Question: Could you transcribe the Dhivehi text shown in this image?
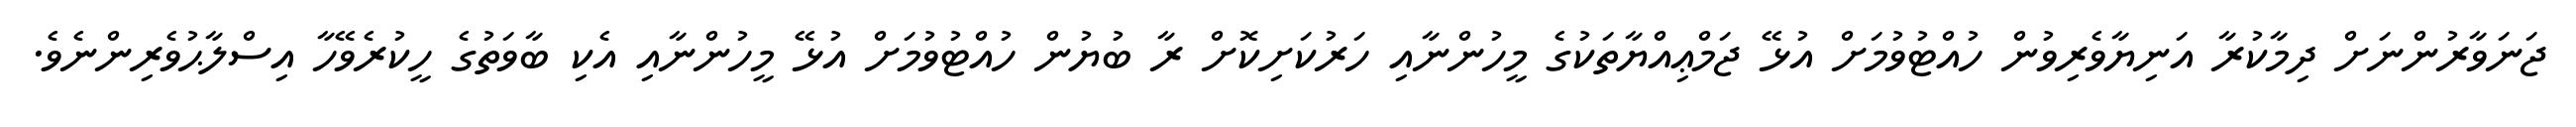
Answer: ޖަނަވާރުންނަށް ދިމާކުރާ އަނިޔާވެރިވުން ހުއްޓުވުމަށް އުޅޭ ޖަމްޢިއްޔާތަކުގެ މީހުންނާއި ހަރުކަށިކޮށް ރާ ބުޔުން ހުއްޓުވުމަށް އުޅޭ މީހުންނާއި އެކި ބާވަތުގެ ހީކުރެވޭހާ އިސްލާޙުވެރިންނެވެ.